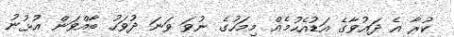
ކުރާ އެ ދައުވާގެ އަޑުއެހުމެއް މިމަހުގެ ނުވަ ވަނަ ދުވަހު ބާއްވަން އުޅުނު